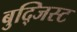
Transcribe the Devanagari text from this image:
बुद्जिस्ट